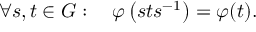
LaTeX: \forall s , t \in G : \quad \varphi \left( s t s ^ { - 1 } \right) = \varphi ( t ) .